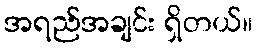
အရည်အချင်း ရှိတယ်။